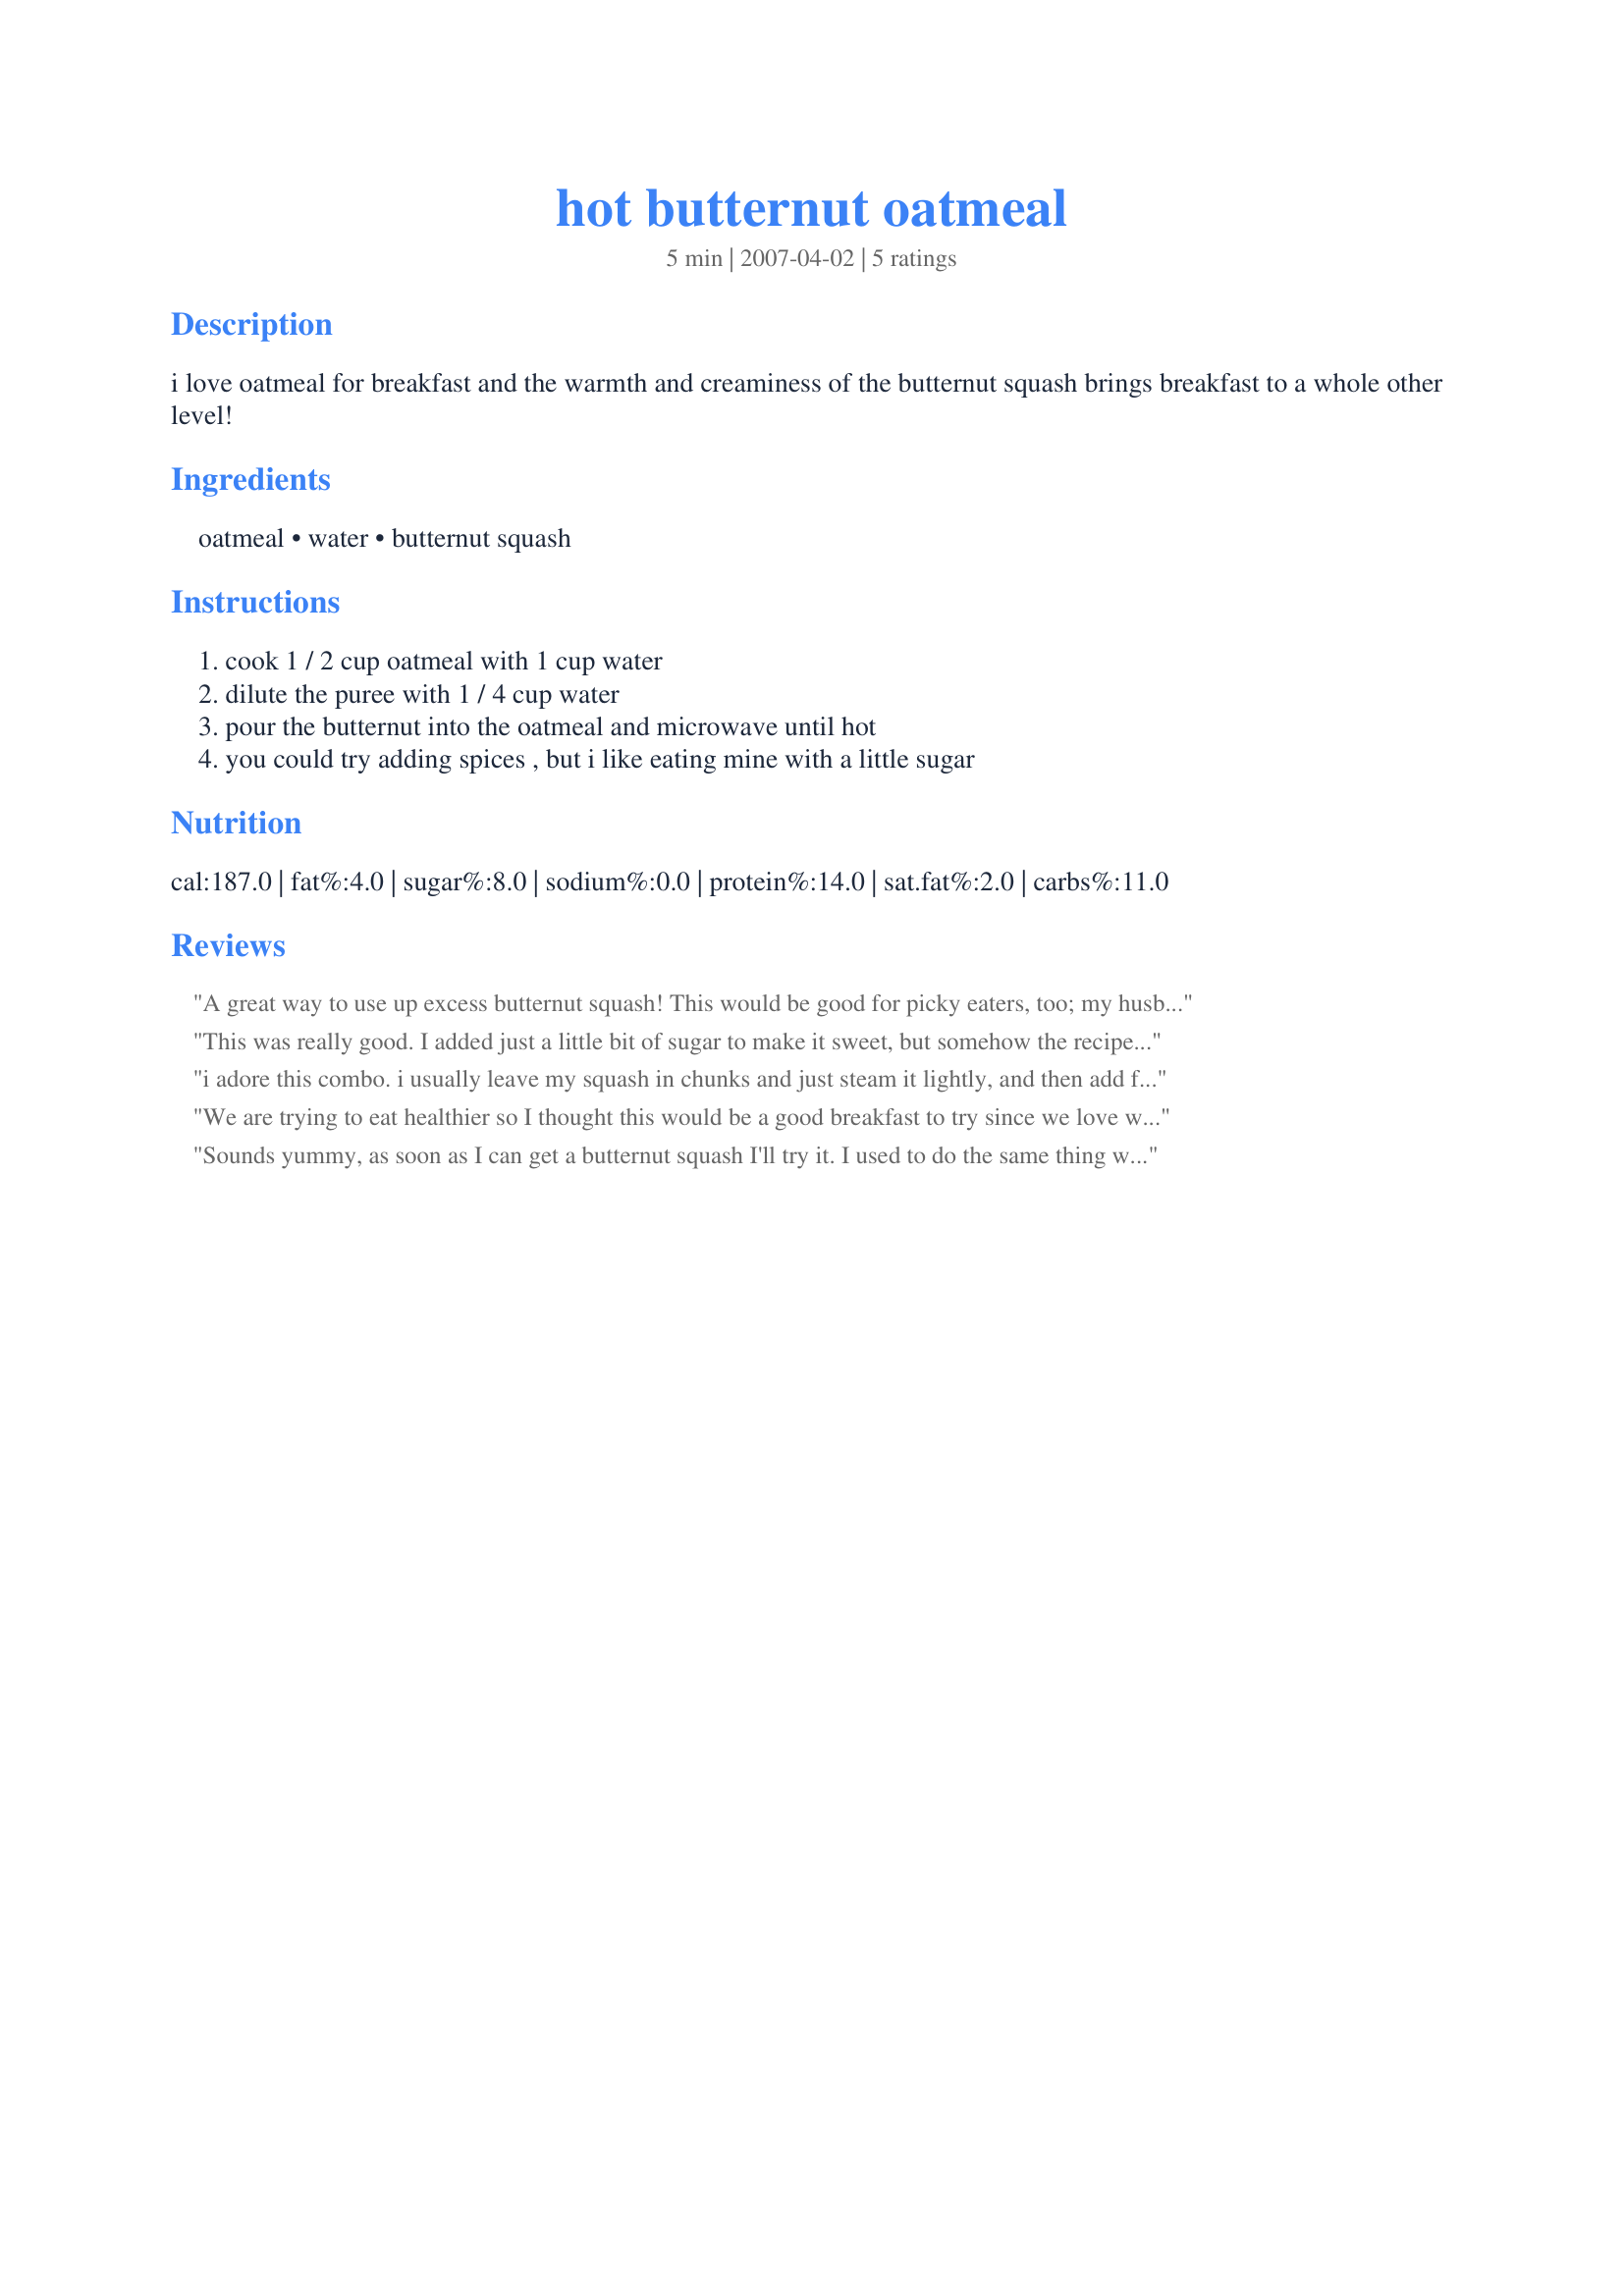
hot butternut oatmeal
Preparation time: 5 minutes

i love oatmeal for breakfast and the warmth and creaminess of the butternut squash brings breakfast to a whole other level!

Ingredients:
oatmeal, water, butternut squash

Steps:
cook 1 / 2 cup oatmeal with 1 cup water, dilute the puree with 1 / 4 cup water, pour the butternut into the oatmeal and microwave until hot, you could try adding spices , but i like eating mine with a little sugar

Reviews:
A great way to use up excess butternut squash! This would be good for picky eaters, too; my husband didn't even know it was in there!
This was really good. I added just a little bit of sugar to make it sweet, but somehow the recipe came out a little smoother than in the recipe.
i adore this combo. i usually leave my squash in chunks and just steam it lightly, and then add fresh cranberries as well. <br/><br/>try it with CHOCOLATE. good heavens! :)
We are trying to eat healthier so I thought this would be a good breakfast to try since we love winter squash. SO SO glad we tried this it was AMAZING!! Husband enjoyed it and was able to get through the morning without feeling hungary. Only thing we did different was add a little honey and lowfat milk. This is a new staple around our house. Thanks for the great recipe Je see ka :)
Sounds yummy, as soon as I can get a butternut squash I'll try it. I used to do the same thing with pumpkin puree.
